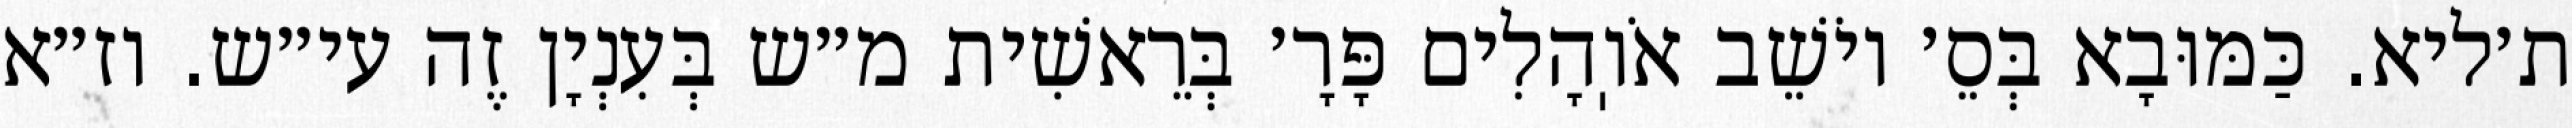
ת׳ליא. כַּמּוּבָא בְּסֵ׳ יוֹשֵׁב אֹוֽהָלִים פָּרָ׳ בְּרֵאשִׁית מ״ש בְּעִנְיָן זֶה עי״ש. וז״א